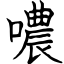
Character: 噥